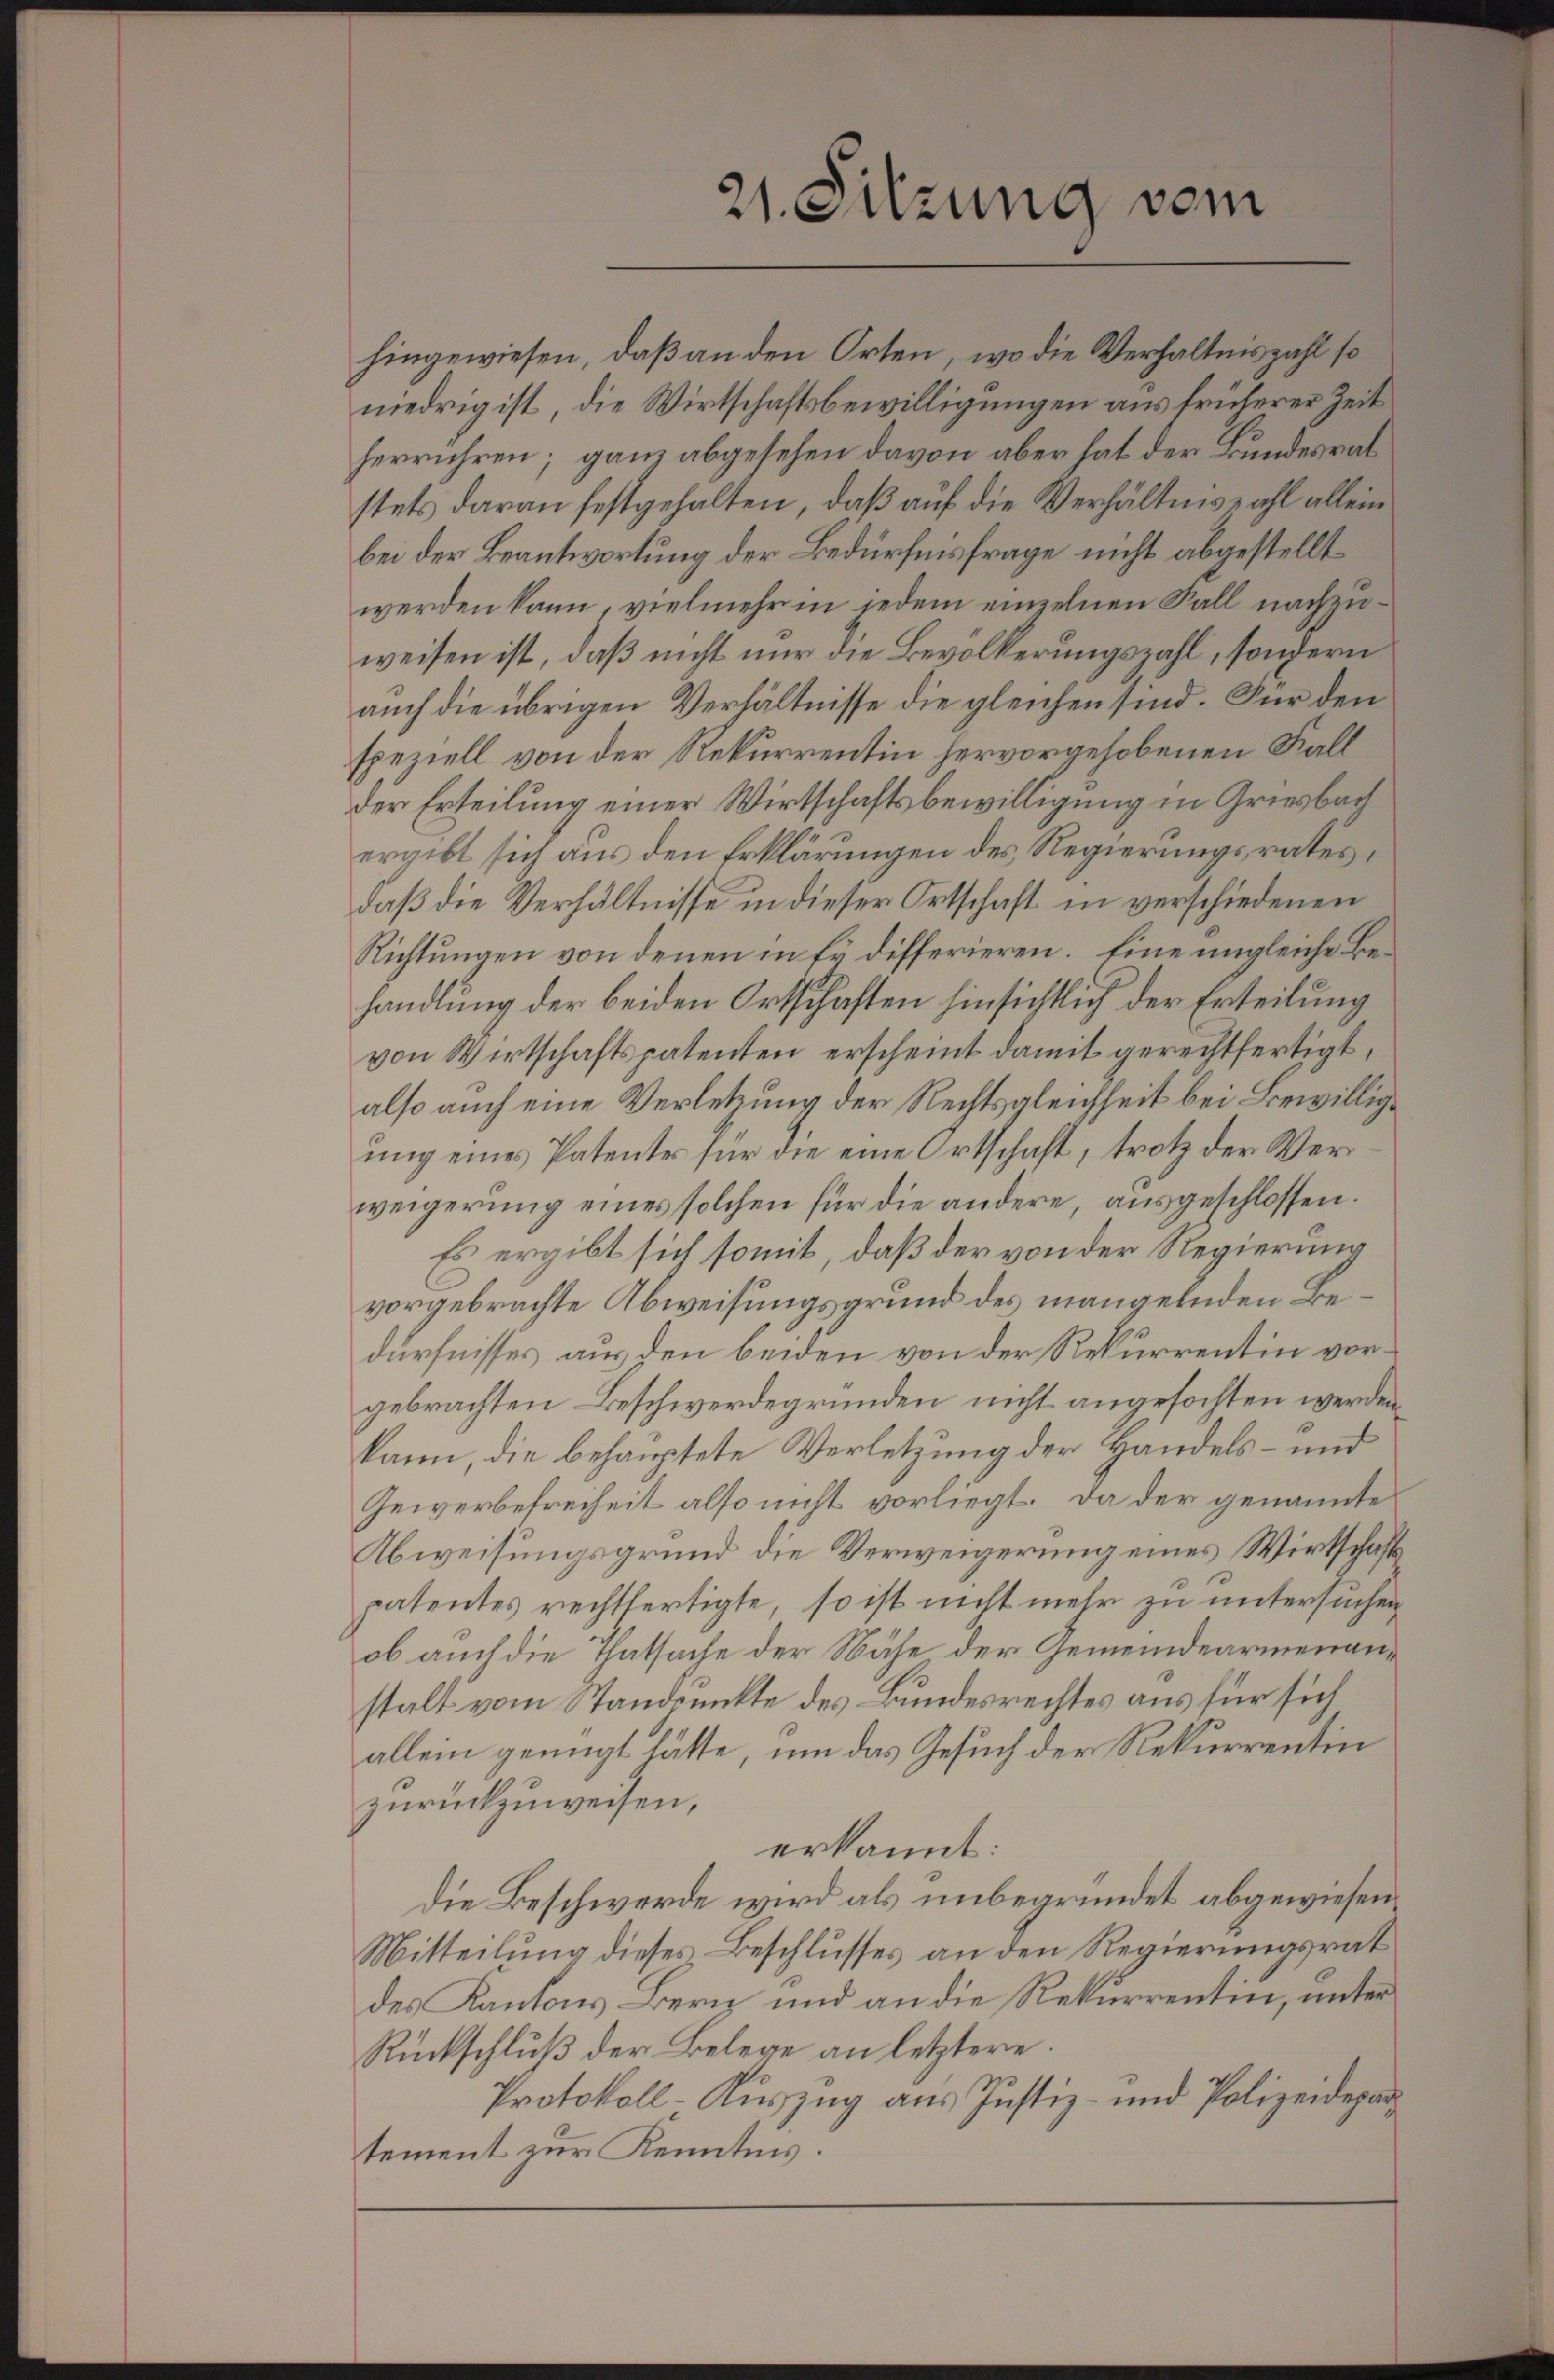
hingewiesen, daß an den Orten, wo die Verhältnis zahl so
niedrig ist, die Wirtschaftsbewilligungen aus früherer Zeit
herrühren; ganz abgesehen davon aber hat der Bundesrat
stets daran festgehalten, daß auf die Verhältnis zahl allein
bei der Beantwortung der Bedürfnisfrage nicht abgestellt
werden kann, vielmehr in jedem einzelnen Fall nachzuweisen ist, daß nicht nur die Bevölkerungszahl, sondern
auch die übrigen Verhältnisse die gleichen sind. Für den
speziell von der Rekurrentin hervorgehobenen Fall
der Erteilung einer Wirtschaftsbewilligung in Griesbach
ergibt sich aus den Erklärungen des Regierungsrates,
daß die Verhältnisse in dieser Ortschaft in verschiedenen
Richtungen von denen in fy differieren. Eine ungleiche Behandlung der beiden Ortschaften hinsichtlich der Erteilung
von Wirtschaftspatenten erscheint damit gerechtfertigt,
also auch eine Verletzung der Rechtsgleichheit bei Bewilligung eines Patente für die eine Ortschaft, trotz der Verweigerung eines solchen für die andere, ausgeschlossen.
Es ergibt sich somit, daß der von der Regierung
vorgebrachte Abweisungsgrund des mangelnden Bedürfnisses aus den beiden von der Rekurrentin vorgebrachten Beschwerdegründen nicht angefochten werden
kann, die behauptete Verletzung der Handels- und
Geiverbefreiheit also nicht vorliegt. Da der genannte
Abweisungsgrund die Verweigerung eines Wirtschaftspatentes rechtfertigte, so ist nicht mehr zu untersuchen
ob auch die Thatsache der Nähe der Gemeindearmenanstalt vom Standpunkte des Bundesrechtes aus für sich
allein genügt hätte, um das Gesuch der Rekurrentin
zurückzuweisen,
erkannt:
Die Beschwerde wird als unbegründet abgewiesen¬
Mitteilung dieses Beschlusses an den Regierungsrat
des Kantons Bern und an die Rekurrentin, unter
Rückschluß der Belege an letztere.
Protokoll-Auszug aus Justiz- und Polizeidepartement zur Kenntnis.

21. Sitzung vom